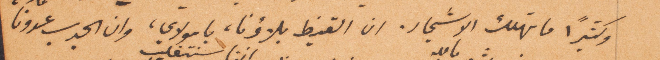
وكثيرًا ما تهلك الأشجار. ان الفيظ بلاؤنا، يا مولاي، وان الجدب عدونا،